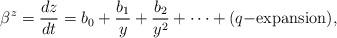
\begin{align*}\beta^z = \frac{dz}{dt} =b_0 + \frac{b_1}{y} + \frac{b_2}{y^2} + \dots + (q{\rm-expansion}),\end{align*}